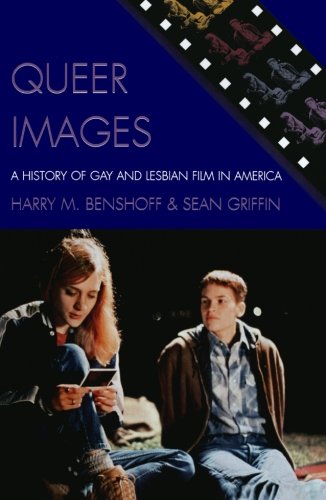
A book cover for Queer Images: A History of Gay and Lesbian Film in America (Genre and Beyond: A Film Studies Series); Harry M. Benshoff; Gay & Lesbian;